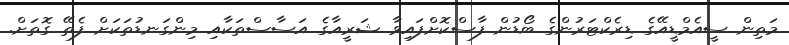
މަތިން ސީއެމްޑީއޭގެ ޑިރެކްޓަރުންގެ ބޯޑުން ފާސްކޮށްފައިވާ ޝަރީއާގެ އަސާސްތަކާއި މިންގަނޑުތަކަށް ފެތޭ ގޮތަށް.